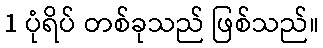
1 ပုံရိပ် တစ်ခုသည် ဖြစ်သည်။